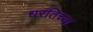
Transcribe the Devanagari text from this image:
धरतिच्या